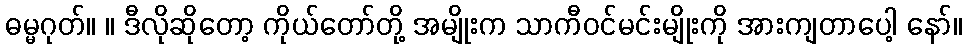
ဓမ္မဂုတ်။ ။ ဒီလိုဆိုတော့ ကိုယ်တော်တို့ အမျိုးက သာကီဝင်မင်းမျိုးကို အားကျတာပေါ့ နော်။